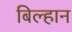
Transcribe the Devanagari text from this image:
बिल्हान